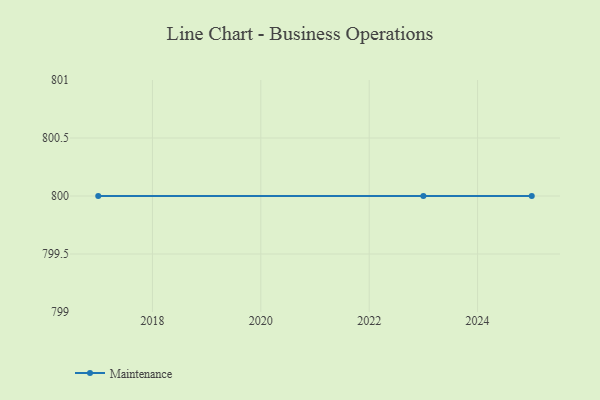
{"axis": {"x": "Year", "y": "Website Visitors"}, "legend": ["Maintenance"], "data": [{"x": "2017", "y": 800, "type": "Maintenance"}, {"x": "2025", "y": 800, "type": "Maintenance"}, {"x": "2023", "y": 800, "type": "Maintenance"}]}